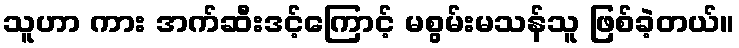
သူဟာ ကား အက်ဆီးဒင့်ကြောင့် မစွမ်းမသန်သူ ဖြစ်ခဲ့တယ်။